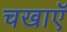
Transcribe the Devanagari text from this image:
चखाएॅ